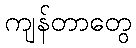
ကျန်တာတွေ